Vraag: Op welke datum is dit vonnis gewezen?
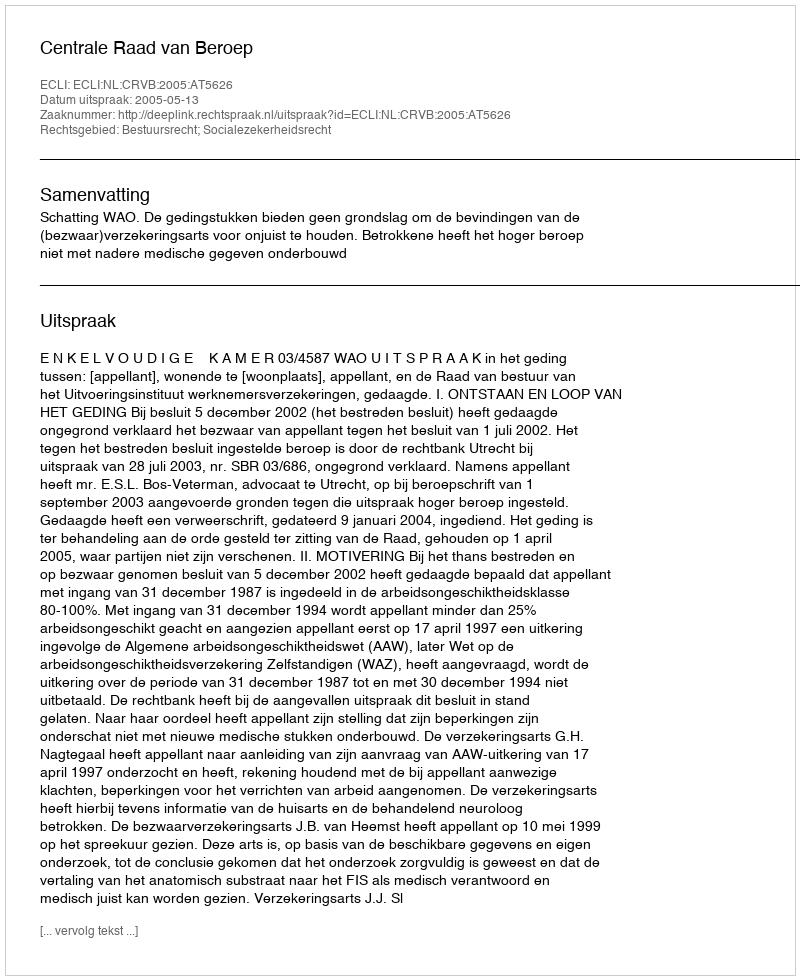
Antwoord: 2005-05-13